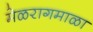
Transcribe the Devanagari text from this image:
मेळरागमाळा